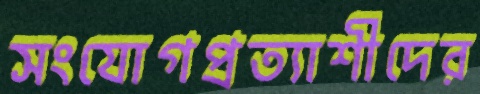
সংযোগপ্রত্যাশীদের